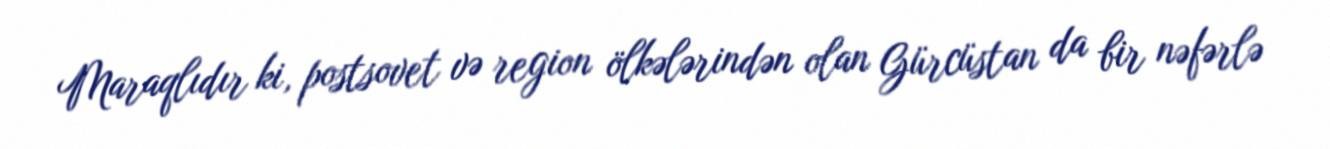
Maraqlıdır ki, postsovet və region ölkələrindən olan Gürcüstan da bir nəfərlə